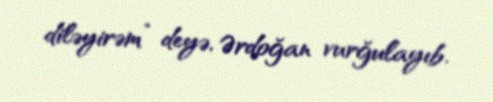
diləyirəm” deyə, Ərdoğan vurğulayıb.